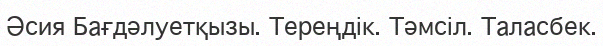
Әсия Бағдәлуетқызы. Тереңдік. Тәмсіл. Таласбек.